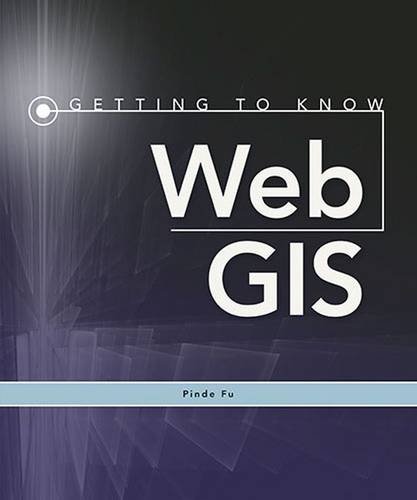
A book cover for Getting to Know Web GIS; Pinde Fu; Engineering & Transportation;